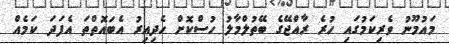
މައުމޫނު ވެރިކަމުގައި ހުރެ ރާއްޖޭގެ ބޭތުލްމާލު ހުސްކޮށް ހެދިއިރު އެބައޮތްތަ އެފަދަ ކަމެއް